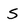
Character: S